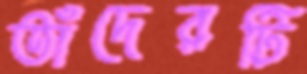
তাঁদেরটি